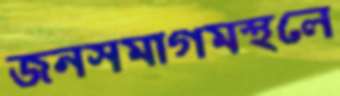
জনসমাগমস্থলে